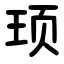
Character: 顼